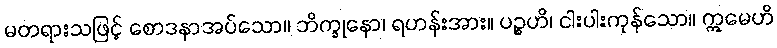
မတရားသဖြင့် စောဒနာအပ်သော။ ဘိက္ခုနော၊ ရဟန်းအား။ ပဉ္စဟိ၊ ငါးပါးကုန်သော။ ဣမေဟိ